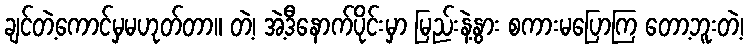
ချင်တဲ့ကောင်မှမဟုတ်တာ။ တဲ့၊ အဲ့ဒီနောက်ပိုင်းမှာ မြည်းနဲ့နွား စကားမပြောကြ တော့ဘူးတဲ့၊